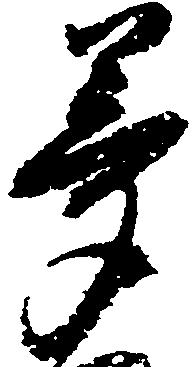
夢